system: You are a helpful assistant.
user:
Analyze the provided spectrum to determine if it is a **M-type Giant (gM)**.

A M-type Giant spectrum is defined by its **strong molecular absorption** features, particularly from **Titanium Oxide (TiO)**. You must check for one of the following mutually exclusive signatures:

- **Key Visual Indicators (Absorption-Dominated Spectrum):**

    - **(Primary):** The spectrum is dominated by strong molecular absorption from **Titanium Oxide (TiO)**. This is the **defining feature** of its M-type temperature class.
        - **(Key Bandheads):** Look for sharp, "saw-tooth" absorption valleys. The strongest are located near **~7050 Å**, **~6160 Å**, and **~5170 Å**.
        - **(Line Profile):** The "saw-tooth" morphology is critical: a **sharp, steep drop on the BLUE (short-wavelength) side** of the bandhead, followed by a gradual recovery (rising flux) towards the RED (long-wavelength) side.

    - **(Key Confirmation - Giant vs. Dwarf):** **ABSENCE** of strong **Calcium Hydride (CaH)** molecular bands. This is the primary diagnostic for *excluding* M-dwarfs.
        - **(Key Region):** The spectrum should lack the strong, broad absorption band seen in dwarfs between **~6800 Å and ~7000 Å**.

    - **(Secondary Confirmation - Giant):** A very strong and broad **Neutral Calcium (Ca I)** atomic absorption line.
        - **(Key Line):** Located at **~4226 Å**. In a giant (gM), this line is significantly deeper and broader than the same line in an M-dwarf (dM) due to low surface gravity.

    - **(Overall Spectrum):**
        - The continuum is **extremely red-sloping** (i.e., flux is very low in the blue and rises dramatically towards the red).
        - The entire spectrum appears "chopped up" by the deep TiO bands.

Think first, call **spectral_visualization_tool** if needed to examine features in detail, then provide your final answer. Your response must adhere to the following strict rules:
1.  **Overall Structure:** Your response must follow the format `<think>...</think> <tool_call>...</tool_call> (if a tool is used) <answer>...</answer>`.
2.  **Tool Usage Constraint:** You may only make **one** tool call per turn.
3.  **Final Answer Format:** In the `<answer>` tag, your conclusion must be inside a `\boxed{}` command (e.g., `\boxed{YES}` or `\boxed{NO}`), followed by your justification.

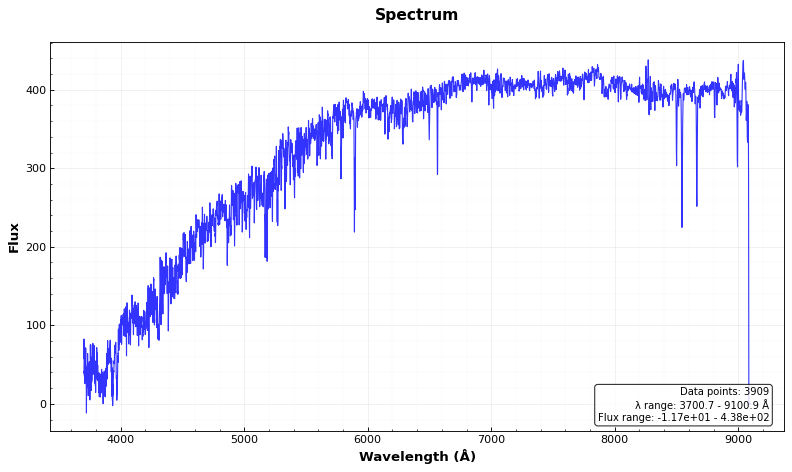
Answer: NO